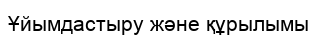
Ұйымдастыру және құрылымы